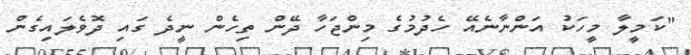
"ކަމީލާ މީހަކު އަންނާނެއޭ ހެދުމުގެ މިންޖަހާ ދޭން ތިހެން ނީދެ ގައި ދޮވެލައިގެން